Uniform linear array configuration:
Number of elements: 4
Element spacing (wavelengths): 0.25
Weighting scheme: exponential
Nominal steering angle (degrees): -15
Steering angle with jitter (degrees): -15.778
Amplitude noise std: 0.05
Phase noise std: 0.05

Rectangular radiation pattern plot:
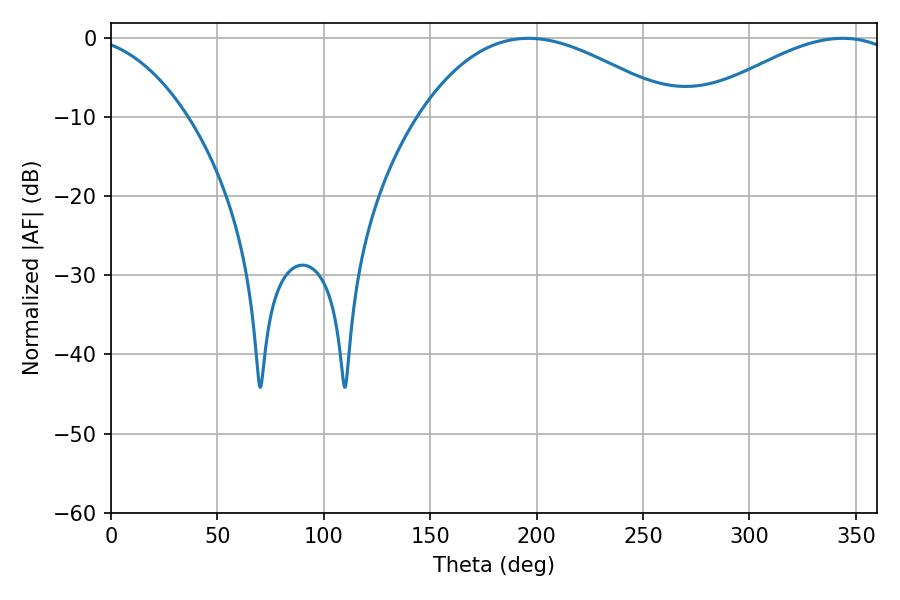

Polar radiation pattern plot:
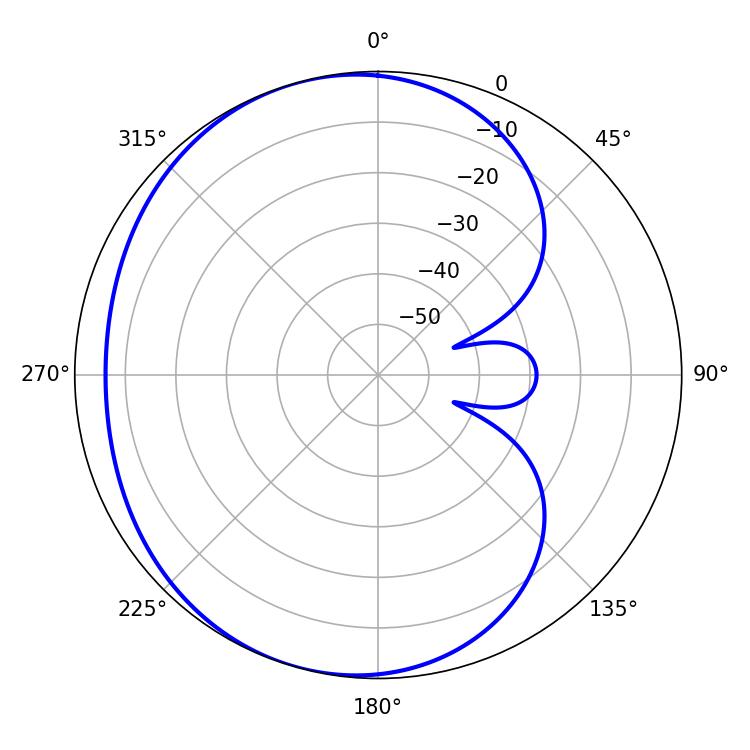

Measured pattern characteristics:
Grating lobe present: FALSE
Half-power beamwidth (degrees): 53.1
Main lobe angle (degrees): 343.8